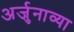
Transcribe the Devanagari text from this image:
अर्जुनाव्या